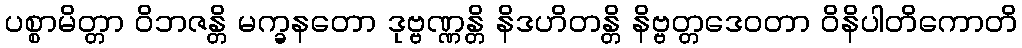
ပစ္စာမိတ္တာ ဝိဘဇန္တိ မက္ခနတော ဒုဗ္ဗဏ္ဏန္တိ နိဒဟိတန္တိ နိဗ္ဗတ္တဒေဝတာ ဝိနိပါတိကောတိ